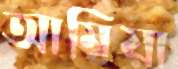
আম্বিয়া